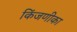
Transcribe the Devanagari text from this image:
किंजणीका